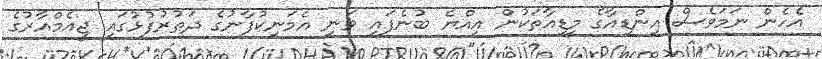
އެހެން ނަމަވެސް އިންޑިއާގެ މީޑިއާތަކުން އިއްޔެ ބުނެފައި ވަނީ އެމަނިކުފާނުގެ ދަތުރުފުޅުގައި ޖީއެމްއާރުގެ